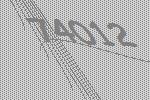
74012